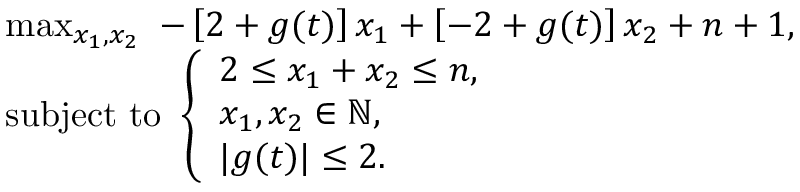
\begin{array} { r l } & { \operatorname* { m a x } _ { x _ { 1 } , x _ { 2 } } ~ - \left[ 2 + g ( t ) \right] x _ { 1 } + \left[ - 2 + g ( t ) \right] x _ { 2 } + n + 1 , } \\ & { \mathrm { s u b j e c t } ~ \mathrm { t o } ~ \left\{ \begin{array} { l l } { 2 \leq x _ { 1 } + x _ { 2 } \leq n , } \\ { x _ { 1 } , x _ { 2 } \in \mathbb { N } , } \\ { | g ( t ) | \leq 2 . } \end{array} \right. } \end{array}